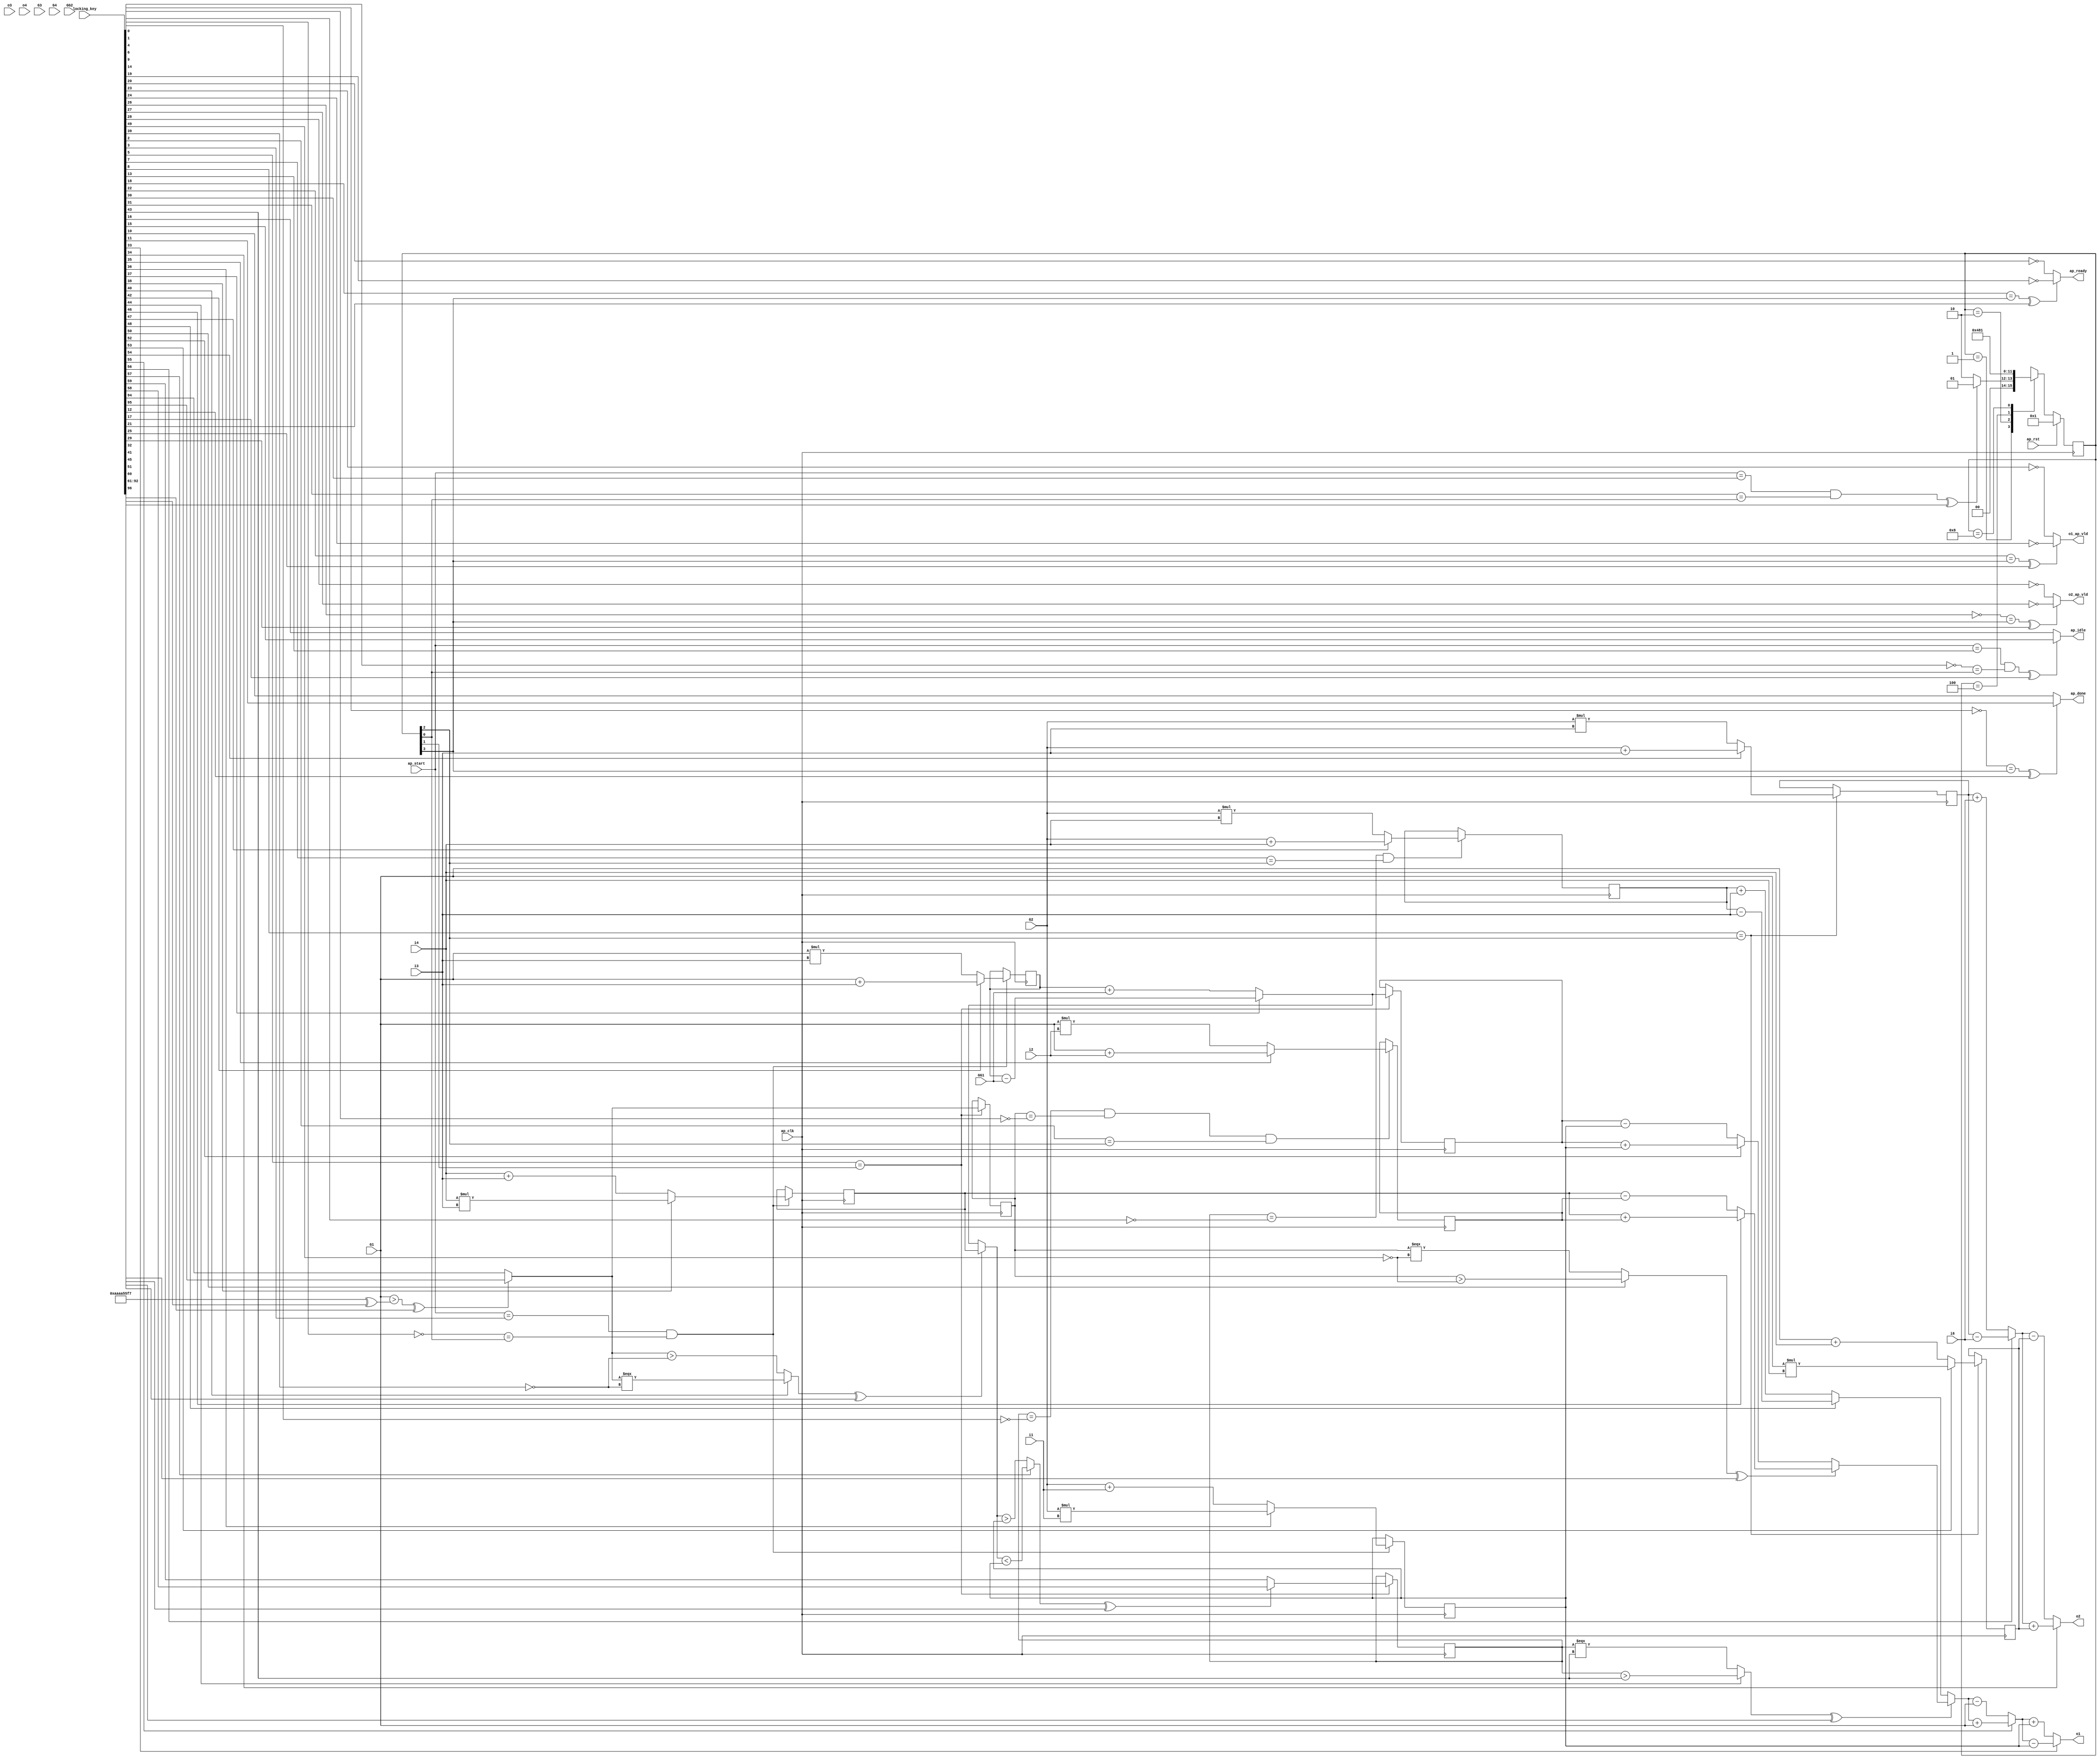

module hls_macc_nc_0_obf
(
  ap_clk,
  ap_rst,
  ap_start,
  ap_done,
  ap_idle,
  ap_ready,
  i1,
  i2,
  i3,
  i4,
  i6,
  o1,
  o1_ap_vld,
  o2,
  o2_ap_vld,
  o3,
  o4,
  G1,
  G2,
  G3,
  G4,
  GG1,
  GG2,
  locking_key
);

  parameter ap_ST_fsm_state1 = 4'd1;
  parameter ap_ST_fsm_state2 = 4'd2;
  parameter ap_ST_fsm_state3 = 4'd4;
  parameter ap_ST_fsm_state4 = 4'd8;
  input ap_clk;
  input ap_rst;
  input ap_start;
  output ap_done;
  output ap_idle;
  output ap_ready;
  input [31:0] i1;
  input [31:0] i2;
  input [31:0] i3;
  input [31:0] i4;
  input [31:0] i6;
  output [31:0] o1;
  output o1_ap_vld;
  output [31:0] o2;
  output o2_ap_vld;
  input [31:0] o3;
  input [31:0] o4;
  input [31:0] G1;
  input [31:0] G2;
  input [31:0] G3;
  input [31:0] G4;
  input [31:0] GG1;
  input [31:0] GG2;
  reg ap_done;
  reg ap_idle;
  reg ap_ready;
  reg o1_ap_vld;
  reg o2_ap_vld;
  reg [3:0] ap_CS_fsm;
  wire ap_CS_fsm_state1;
  wire [31:0] op4_fu_104_p2;
  reg [31:0] op4_reg_235;
  wire [31:0] op5_fu_110_p2;
  reg [31:0] op5_reg_242;
  wire [31:0] op5_2_fu_116_p2;
  reg [31:0] op5_2_reg_247;
  wire [0:0] tmp_fu_122_p2;
  reg [0:0] tmp_reg_253;
  wire ap_CS_fsm_state2;
  wire [31:0] op5_1_fu_127_p2;
  reg [31:0] op5_1_reg_258;
  wire [0:0] tmp_6_fu_139_p2;
  reg [0:0] tmp_6_reg_263;
  wire [31:0] op3_fu_144_p2;
  reg [31:0] op3_reg_268;
  wire ap_CS_fsm_state3;
  wire [31:0] op6_3_fu_149_p2;
  reg [31:0] op6_3_reg_273;
  wire [31:0] op7_fu_153_p2;
  reg [31:0] op7_reg_278;
  wire [31:0] op8_fu_157_p2;
  reg [31:0] op8_reg_283;
  wire ap_CS_fsm_state4;
  wire signed [31:0] op4_fu_104_p0;
  wire signed [31:0] op4_fu_104_p1;
  wire signed [31:0] op5_fu_110_p0;
  wire signed [31:0] op5_fu_110_p1;
  wire signed [31:0] op5_2_fu_116_p0;
  wire signed [31:0] op5_2_fu_116_p1;
  wire signed [31:0] tmp_fu_122_p0;
  wire [31:0] op5_3_fu_132_p3;
  wire signed [31:0] op3_fu_144_p0;
  wire signed [31:0] op3_fu_144_p1;
  wire signed [31:0] op6_3_fu_149_p0;
  wire signed [31:0] op6_3_fu_149_p1;
  wire signed [31:0] op7_fu_153_p0;
  wire signed [31:0] op7_fu_153_p1;
  wire signed [31:0] op8_fu_157_p0;
  wire signed [31:0] op8_fu_157_p1;
  wire [31:0] op6_fu_161_p2;
  wire [31:0] op6_2_fu_165_p2;
  wire signed [31:0] op6_4_fu_176_p1;
  wire [31:0] op6_4_fu_176_p2;
  wire [31:0] op6_5_fu_169_p3;
  wire [31:0] op6_1_fu_180_p3;
  wire signed [31:0] tmp1_fu_187_p1;
  wire [31:0] tmp1_fu_187_p2;
  wire [31:0] tmp2_fu_198_p2;
  reg [3:0] ap_NS_fsm;
  wire Const_0;
  wire Const_1;
  wire Const_2;
  wire Const_3;
  wire Const_4;
  wire Const_5;
  wire Const_6;
  wire Const_7;
  wire Const_8;
  wire Const_9;
  wire Const_10;
  wire Const_11;
  wire Const_12;
  wire Const_13;
  wire Const_14;
  wire Const_15;
  wire Const_16;
  wire Const_17;
  wire Const_18;
  wire Const_19;
  wire Const_20;
  wire Const_21;
  wire Const_22;
  wire Const_23;
  wire Const_24;
  wire Const_25;
  wire Const_26;
  wire Const_27;
  wire Const_28;
  wire Const_29;
  wire Const_30;
  wire Const_31;
  wire [31:0] Const_32;
  wire Const_33;
  wire Const_34;
  input [3070:0] locking_key;
  wire [96:0] working_key;

  initial begin
    #0 ap_CS_fsm = 4'd1;
  end


  always @(posedge ap_clk) begin
    if(ap_rst == 1'b1) begin
      ap_CS_fsm <= ap_ST_fsm_state1;
    end else begin
      ap_CS_fsm <= ap_NS_fsm;
    end
  end

  assign Const_0 = (1'd1 ^ working_key[0]);
  assign Const_1 = (1'd1 ^ working_key[1]);
  assign Const_2 = (1'd0 ^ working_key[2]);

  always @(posedge ap_clk) begin
    if((tmp_6_reg_263 == Const_0) & (tmp_reg_253 == Const_1) & (Const_2 == ap_CS_fsm_state3)) begin
      op3_reg_268 <= op3_fu_144_p2;
    end 
  end

  assign Const_3 = (1'd0 ^ working_key[3]);
  assign Const_4 = (1'd1 ^ working_key[4]);

  always @(posedge ap_clk) begin
    if((ap_start == Const_3) & (Const_4 == ap_CS_fsm_state1)) begin
      op4_reg_235 <= op4_fu_104_p2;
      op5_2_reg_247 <= op5_2_fu_116_p2;
      op5_reg_242 <= op5_fu_110_p2;
    end 
  end

  assign Const_5 = (1'd0 ^ working_key[5]);

  always @(posedge ap_clk) begin
    if(Const_5 == ap_CS_fsm_state2) begin
      op5_1_reg_258 <= op5_1_fu_127_p2;
      tmp_6_reg_263 <= tmp_6_fu_139_p2;
      tmp_reg_253 <= tmp_fu_122_p2;
    end 
  end

  assign Const_6 = (1'd1 ^ working_key[6]);
  assign Const_7 = (1'd0 ^ working_key[7]);

  always @(posedge ap_clk) begin
    if((tmp_6_reg_263 == Const_6) & (Const_7 == ap_CS_fsm_state3)) begin
      op6_3_reg_273 <= op6_3_fu_149_p2;
    end 
  end

  assign Const_8 = (1'd0 ^ working_key[8]);

  always @(posedge ap_clk) begin
    if(Const_8 == ap_CS_fsm_state3) begin
      op7_reg_278 <= op7_fu_153_p2;
      op8_reg_283 <= op8_fu_157_p2;
    end 
  end

  assign Const_9 = (1'd1 ^ working_key[9]);
  assign Const_10 = (1'd0 ^ working_key[10]);
  assign Const_11 = (1'd0 ^ working_key[11]);

  always @(*) begin
    if(((Const_9 == ap_CS_fsm_state4) ^ working_key[12]) == 1'b1) begin
      ap_done = Const_11;
    end else begin
      ap_done = Const_10;
    end
  end

  assign Const_12 = (1'd0 ^ working_key[13]);
  assign Const_13 = (1'd1 ^ working_key[14]);
  assign Const_14 = (1'd0 ^ working_key[15]);
  assign Const_15 = (1'd0 ^ working_key[16]);

  always @(*) begin
    if(((ap_start == Const_12) & (Const_13 == ap_CS_fsm_state1) ^ working_key[17]) == 1'b1) begin
      ap_idle = Const_14;
    end else begin
      ap_idle = Const_15;
    end
  end

  assign Const_16 = (1'd0 ^ working_key[18]);
  assign Const_17 = (1'd1 ^ working_key[19]);
  assign Const_18 = (1'd1 ^ working_key[20]);

  always @(*) begin
    if(((Const_16 == ap_CS_fsm_state4) ^ working_key[21]) == 1'b1) begin
      ap_ready = Const_17;
    end else begin
      ap_ready = Const_18;
    end
  end

  assign Const_19 = (1'd0 ^ working_key[22]);
  assign Const_20 = (1'd1 ^ working_key[23]);
  assign Const_21 = (1'd1 ^ working_key[24]);

  always @(*) begin
    if(((Const_19 == ap_CS_fsm_state4) ^ working_key[25]) == 1'b1) begin
      o1_ap_vld = Const_21;
    end else begin
      o1_ap_vld = Const_20;
    end
  end

  assign Const_22 = (1'd1 ^ working_key[26]);
  assign Const_23 = (1'd1 ^ working_key[27]);
  assign Const_24 = (1'd1 ^ working_key[28]);

  always @(*) begin
    if(((Const_22 == ap_CS_fsm_state4) ^ working_key[29]) == 1'b1) begin
      o2_ap_vld = Const_23;
    end else begin
      o2_ap_vld = Const_24;
    end
  end

  assign Const_25 = (1'd0 ^ working_key[30]);
  assign Const_26 = (1'd0 ^ working_key[31]);

  always @(*) begin
    case(ap_CS_fsm)
      ap_ST_fsm_state1: begin
        if(((ap_start == Const_25) & (Const_26 == ap_CS_fsm_state1) ^ working_key[32]) == 1'b1) begin
          ap_NS_fsm = ap_ST_fsm_state1;
        end else begin
          ap_NS_fsm = ap_ST_fsm_state2;
        end
      end
      ap_ST_fsm_state2: begin
        ap_NS_fsm = ap_ST_fsm_state3;
      end
      ap_ST_fsm_state3: begin
        ap_NS_fsm = ap_ST_fsm_state4;
      end
      ap_ST_fsm_state4: begin
        ap_NS_fsm = ap_ST_fsm_state1;
      end
      default: begin
        ap_NS_fsm = 'bx;
      end
    endcase
  end

  assign ap_CS_fsm_state1 = ap_CS_fsm[32'd0];
  assign ap_CS_fsm_state2 = ap_CS_fsm[32'd1];
  assign ap_CS_fsm_state3 = ap_CS_fsm[32'd2];
  assign ap_CS_fsm_state4 = ap_CS_fsm[32'd3];
  assign o1 = (working_key[33] == 1'b1)? tmp1_fu_187_p2 - op4_reg_235 : tmp1_fu_187_p2 + op4_reg_235;
  assign o2 = (working_key[34] == 1'b1)? tmp2_fu_198_p2 + op7_reg_278 : tmp2_fu_198_p2 - op7_reg_278;
  assign op3_fu_144_p0 = G1;
  assign op3_fu_144_p1 = i2;
  assign op3_fu_144_p2 = (working_key[35] == 1'b1)? op3_fu_144_p0 + op3_fu_144_p1 : op3_fu_144_p0 * op3_fu_144_p1;
  assign op4_fu_104_p0 = G2;
  assign op4_fu_104_p1 = i1;
  assign op4_fu_104_p2 = (working_key[36] == 1'b1)? op4_fu_104_p0 * op4_fu_104_p1 : op4_fu_104_p0 + op4_fu_104_p1;
  assign op5_1_fu_127_p2 = (working_key[37] == 1'b1)? op5_reg_242 - GG1 : op5_reg_242 + GG1;
  assign op5_2_fu_116_p0 = i4;
  assign op5_2_fu_116_p1 = i3;
  assign op5_2_fu_116_p2 = (working_key[38] == 1'b1)? op5_2_fu_116_p0 * op5_2_fu_116_p1 : op5_2_fu_116_p0 + op5_2_fu_116_p1;
  assign Const_27 = (1'd1 ^ working_key[39]);
  assign op5_3_fu_132_p3 = ((((working_key[40] == 1'b1)? tmp_fu_122_p2[0:0] === Const_27 : tmp_fu_122_p2[0:0] > Const_27) ^ working_key[41]) == 1'b1)? op5_2_reg_247 : op5_1_fu_127_p2;
  assign op5_fu_110_p0 = G1;
  assign op5_fu_110_p1 = i3;
  assign op5_fu_110_p2 = (working_key[42] == 1'b1)? op5_fu_110_p0 + op5_fu_110_p1 : op5_fu_110_p0 * op5_fu_110_p1;
  assign Const_28 = (1'd0 ^ working_key[43]);
  assign op6_1_fu_180_p3 = ((((working_key[44] == 1'b1)? tmp_6_reg_263[0:0] > Const_28 : tmp_6_reg_263[0:0] === Const_28) ^ working_key[45]) == 1'b1)? op6_5_fu_169_p3 : op6_4_fu_176_p2;
  assign op6_2_fu_165_p2 = (working_key[46] == 1'b1)? op5_2_reg_247 + op3_reg_268 : op5_2_reg_247 - op3_reg_268;
  assign op6_3_fu_149_p0 = G2;
  assign op6_3_fu_149_p1 = i4;
  assign op6_3_fu_149_p2 = (working_key[47] == 1'b1)? op6_3_fu_149_p0 + op6_3_fu_149_p1 : op6_3_fu_149_p0 * op6_3_fu_149_p1;
  assign op6_4_fu_176_p1 = i3;
  assign op6_4_fu_176_p2 = (working_key[48] == 1'b1)? op6_3_reg_273 - op6_4_fu_176_p1 : op6_3_reg_273 + op6_4_fu_176_p1;
  assign Const_29 = (1'd1 ^ working_key[49]);
  assign op6_5_fu_169_p3 = ((((working_key[50] == 1'b1)? tmp_reg_253[0:0] > Const_29 : tmp_reg_253[0:0] === Const_29) ^ working_key[51]) == 1'b1)? op6_2_fu_165_p2 : op6_fu_161_p2;
  assign op6_fu_161_p2 = (working_key[52] == 1'b1)? op5_1_reg_258 + op4_reg_235 : op5_1_reg_258 - op4_reg_235;
  assign op7_fu_153_p0 = G1;
  assign op7_fu_153_p1 = i4;
  assign op7_fu_153_p2 = (working_key[53] == 1'b1)? op7_fu_153_p0 * op7_fu_153_p1 : op7_fu_153_p0 + op7_fu_153_p1;
  assign op8_fu_157_p0 = G2;
  assign op8_fu_157_p1 = i3;
  assign op8_fu_157_p2 = (working_key[54] == 1'b1)? op8_fu_157_p0 + op8_fu_157_p1 : op8_fu_157_p0 * op8_fu_157_p1;
  assign tmp1_fu_187_p1 = G1;
  assign tmp1_fu_187_p2 = (working_key[55] == 1'b1)? op6_1_fu_180_p3 + tmp1_fu_187_p1 : op6_1_fu_180_p3 - tmp1_fu_187_p1;
  assign tmp2_fu_198_p2 = (working_key[56] == 1'b1)? op8_reg_283 - i6 : op8_reg_283 + i6;
  assign Const_30 = (1'd0 ^ working_key[58]);
  assign Const_31 = (1'd0 ^ working_key[59]);
  assign tmp_6_fu_139_p2 = ((((working_key[57] == 1'b1)? op5_3_fu_132_p3 < op4_reg_235 : op5_3_fu_132_p3 > op4_reg_235) ^ working_key[60]) == 1'b1)? Const_30 : Const_31;
  assign tmp_fu_122_p0 = G1;
  assign Const_32 = (32'd2863289847 ^ working_key[92:61]);
  assign Const_33 = (1'd0 ^ working_key[94]);
  assign Const_34 = (1'd0 ^ working_key[95]);
  assign tmp_fu_122_p2 = ((((working_key[93] == 1'b1)? tmp_fu_122_p0 > Const_32 : tmp_fu_122_p0 > Const_32) ^ working_key[96]) == 1'b1)? Const_34 : Const_33;
  assign working_key = { locking_key[96:0] };

endmodule